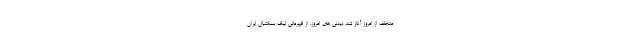
متخلف از امروز آغاز شد. دیدنی های امروز، از قهرمانی لیگ بسکتبال ایران